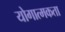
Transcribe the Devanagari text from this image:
योगात्मकता